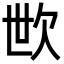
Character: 㰥